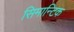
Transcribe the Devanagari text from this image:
सिमान्टिक